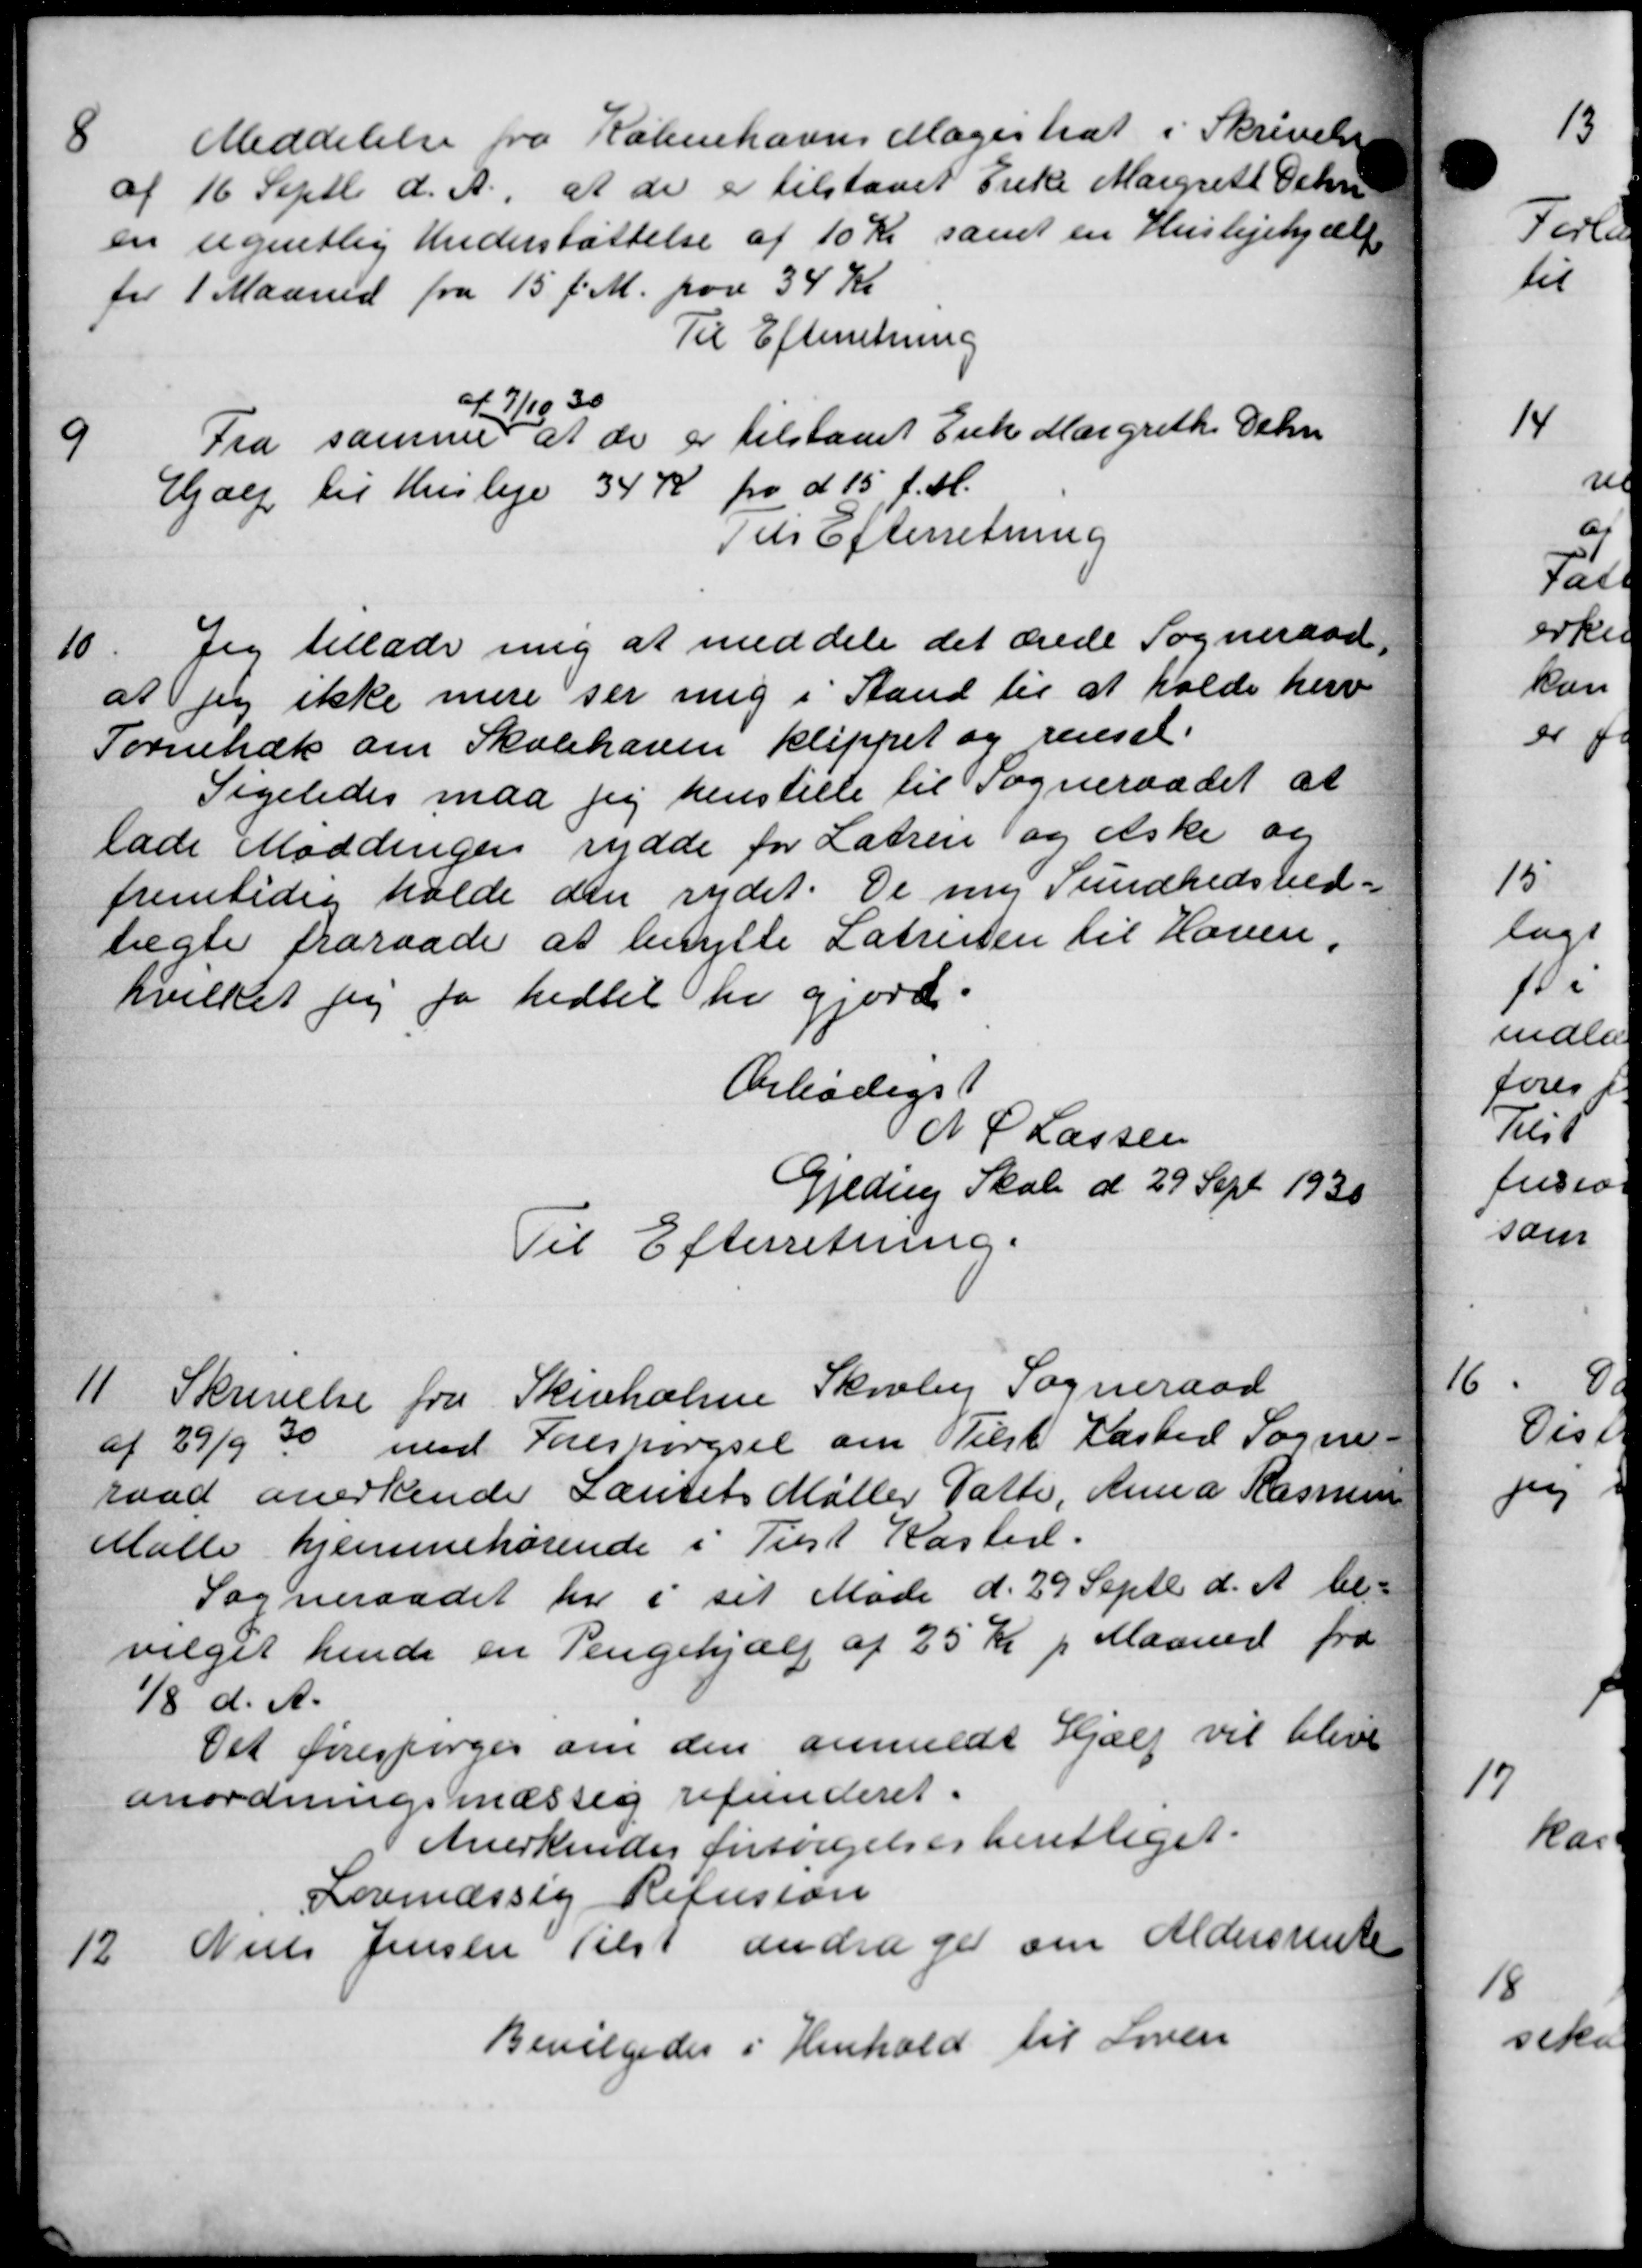
Transskription:
8
Meddelelse fra Københavns Magistrat i Skrivelse
af 16 Septb d. A., at de er tilstaaet Enke Margreth Ochri
en ugentlig Understøttelse af 10 Kr samt en Huslejehjælp
for 1 Maaned fra 15 f.M. paa 34 Kr.
Til Efterretning
9
Fra samme at de er tilstaaet Enke Margrethe Del
af 7/10 30
Fra samme at de er tilstaaet Enke Margrethe Del
Hjælp til Husleje 34 Kr pr d 15 f. M.
Til Efterretning
10
Jeg tillade mig at meddele det ærede Sogneraad
at jeg ikke mere ser mig i Stand til at holde herv
Tornehæk om Skolehaven klippet og renset.
Ligeledes maa jeg henstille til Sogneraadet at
lade Møddingen rydde for Latren og iske og
fremtidig holde den rydet. De ny Sundhedsved.
tægte fraraade at benytte Latrinen til Haven,
hvilket sig for hidtil har gjord.
Orbødigst
N P Lassen
Gjeding Skole d 29 Sept. 1930
Til Efterretning.
11
Skrivelse fra Skivholme Skovby Sogneraad
af 29/9 30 med Forespørgsel om Tilst Kasted Sogne-
raad anerkende Laurits Møller Datte, Anna Rasmuss
Malle hjemmehørende i Tilst Kaster.
Sogneraadet her i sit Møde d. 29 Septbr d. A. be-
vilget hende en Pengehjælp af 25 Kr p Maaned fra
1/8 d. A.
Det forespørger om den anmeldt Hjælp vil blive
anordningsmæssig refunderet.
Anerkendes forsørgelsesberettiget.
Lovmæssig Refusion
12.
Niels Jensen Tilst andrager om Aldersrente
Bevilgedes i Henhold til Loven